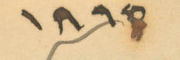
1895